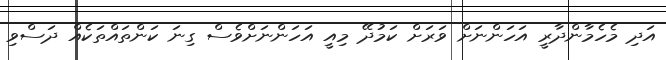
އަދި މެހެމާންދާރީ އަހަންނަށް ވަރަށް ކަމުދޭ މިއީ އަހަންނަށްވެސް ގިނަ ކަންތައްތަކެއް ދަސްވި